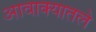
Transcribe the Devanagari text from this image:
आवाक्यातले